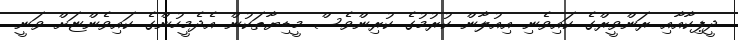
ދީޕިކާއާއި ރަންވީރްގެ ކައިވެނި އިއުލާން ކުރުމުގެ ކުރިންވެސް މީޑިޔާތަކުން އެދެމީހުންގެ ކައިވެންޏަށް ވަނީ